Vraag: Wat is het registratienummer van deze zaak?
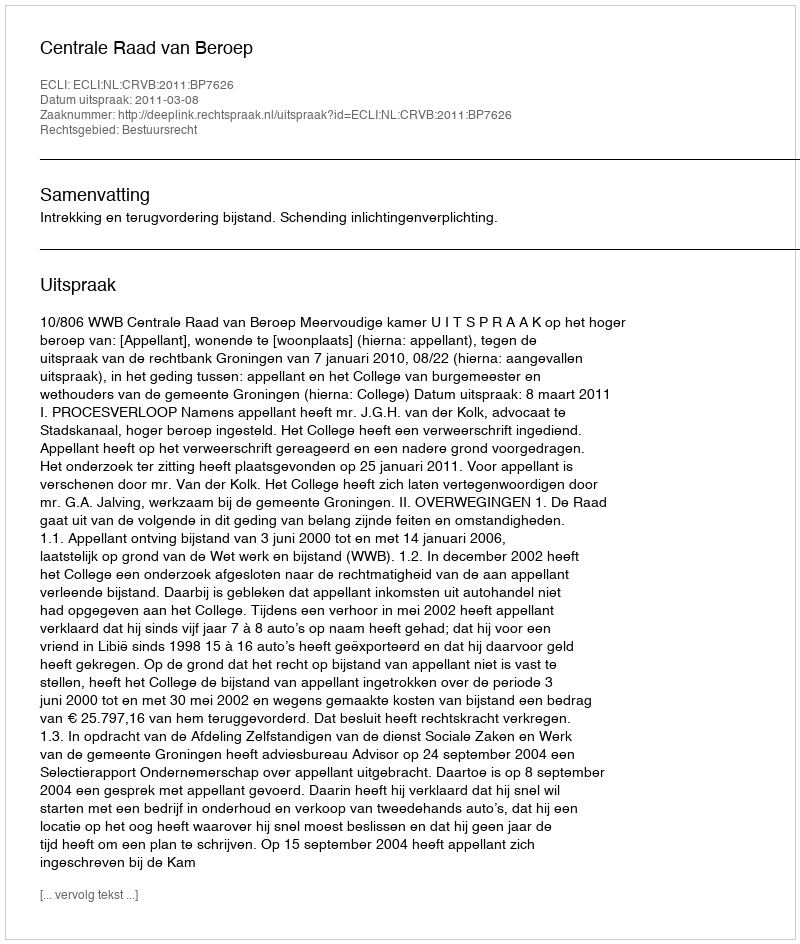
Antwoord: http://deeplink.rechtspraak.nl/uitspraak?id=ECLI:NL:CRVB:2011:BP7626